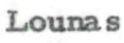
Lounas